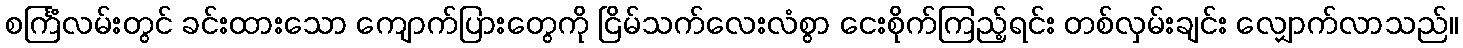
စင်္ကြံလမ်းတွင် ခင်းထားသော ကျောက်ပြားတွေကို ငြိမ်သက်လေးလံစွာ ငေးစိုက်ကြည့်ရင်း တစ်လှမ်းချင်း လျှောက်လာသည်။